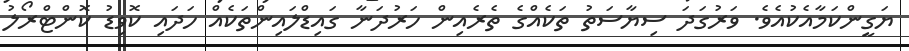
ޔަގީންކަމާއެކުއެވެ. ވަރުގަދަ ސިޔާސަތު ތަކެއްގެ ތެރެއިން ހަރުދަނާ ގައިޑްލައިންތަކެއް ހަދައި ކޮވިޑު ކޮންޓްރޯލު